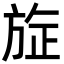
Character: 㫌